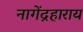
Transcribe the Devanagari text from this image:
नागेंद्रहाराय